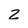
Character: 2